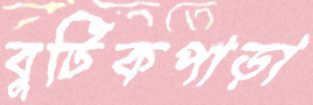
বুটিকপাড়া